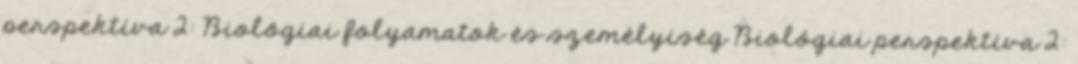
perspektíva 2: Biológiai folyamatok és személyiség Biológiai perspektíva 2: